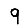
Digit: 9